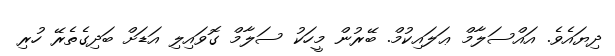
ދިޔައެވެ. އައްސަލާމް ޢަލައިކުމް. ބޭރުން މީހަކު ސަލާމް ގޮވައިލި އަޑަށް ބަދިގެތެރޭ ހުރި